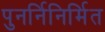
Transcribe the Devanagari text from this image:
पुनर्निनिर्मित